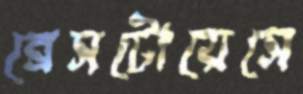
ব্রেসটোয়েসে